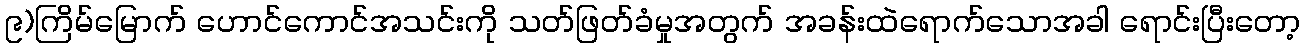
၉)ကြိမ်မြောက် ဟောင်ကောင်အသင်းကို သတ်ဖြတ်ခံမှုအတွက် အခန်းထဲရောက်သောအခါ ရောင်းပြီးတော့